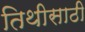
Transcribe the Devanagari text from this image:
तिथीसाठी